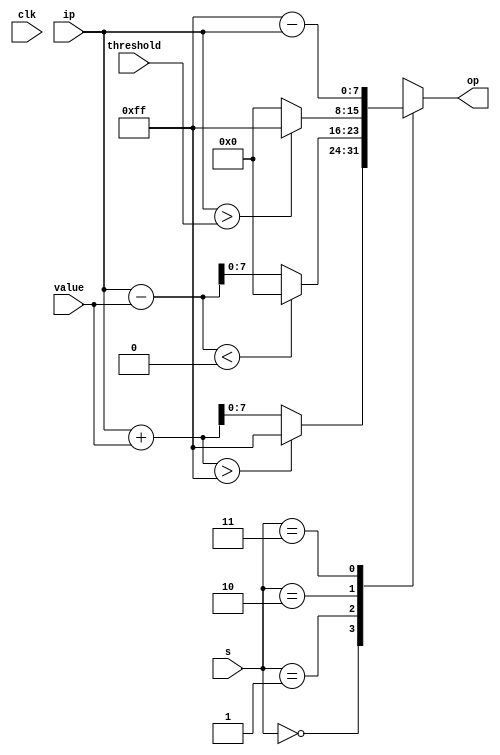
`timescale 1ns / 1ps


module img_processor(output reg[7:0] op,
                     input [7:0] ip,value,threshold,
                     input [1:0] s,
                     input clk
                     );
                     
integer x;
always @(*)
begin
case(s)
    2'b00:
    begin 
        x=ip+value;
        if(x>255) op<=255;
        else op<=x;   
    end
    2'b01:
    begin
        x=ip-value;
        if(x<0) op<=0;
        else op<=x;
    end
    2'b10:
    begin
        if(ip>threshold) op<=255;
        else op<=0;
    end
    2'b11:
    begin
        op<=255-ip;
    end
endcase
end
endmodule